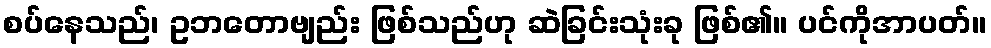
စပ်နေသည်၊ ဥဘတောဗျည်း ဖြစ်သည်ဟု ဆဲခြင်းသုံးခု ဖြစ်၏။ ပင်ကိုအာပတ်။